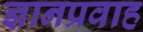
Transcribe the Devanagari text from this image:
ज्ञानप्रवाह